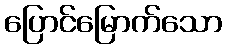
ပြောင်မြောက်သော